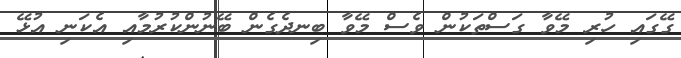
ގޭގައި ހުރި މޭވާ ގަސްތަކުން ވެސް މޭވާ ބިނދެގެން ބޭނުންކުރުމާއި އެކަނި އުޅޭ